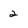
Character: 2